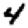
Digit: 4